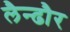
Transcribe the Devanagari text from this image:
लैन्ढौर